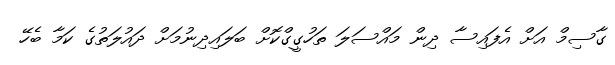
ގާސިމް އަށް އެފައިސާ ދިން މައްސަލަ ތަހުގީގްކޮށް ބަލައިދިނުމަށް ދައުލަތުގެ ކަމާ ބެހޭ